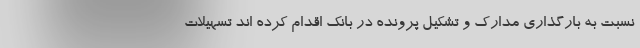
نسبت به بارگذاری مدارک و تشکیل پرونده در بانک اقدام کرده اند تسهیلات